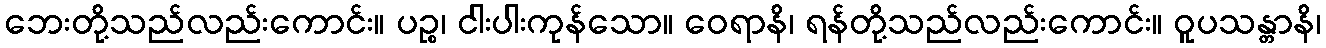
ဘေးတို့သည်လည်းကောင်း။ ပဉ္စ၊ ငါးပါးကုန်သော။ ဝေရာနိ၊ ရန်တို့သည်လည်းကောင်း။ ဝူပသန္တာနိ၊